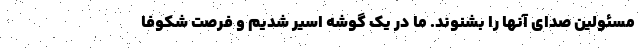
مسئولین صدای آنها را بشنوند. ما در یک گوشه اسیر شدیم و فرصت شکوفا